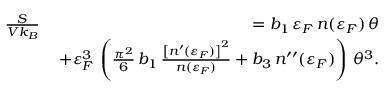
\begin{array} { r l r } & { \frac { S } { V k _ { B } } \, } & { = b _ { 1 } \, \varepsilon _ { F } \, n ( \varepsilon _ { F } ) \, \theta } \\ & { } & { + \varepsilon _ { F } ^ { 3 } \, \left( \frac { \pi ^ { 2 } } { 6 } \, b _ { 1 } \, \frac { \left[ n ^ { \prime } ( \varepsilon _ { F } ) \right] ^ { 2 } } { n ( \varepsilon _ { F } ) } + b _ { 3 } \, n ^ { \prime \prime } ( \varepsilon _ { F } ) \right) \, \theta ^ { 3 } . } \end{array}